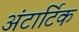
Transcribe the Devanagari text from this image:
अंटार्टिक